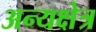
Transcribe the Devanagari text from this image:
अन्यक्षेत्र